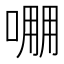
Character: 𠺔